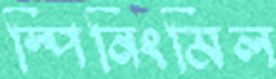
স্পিনিংমিল